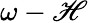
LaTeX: \omega-\mathscr{H}